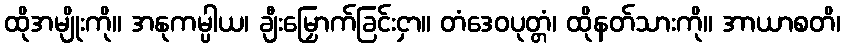
ထိုအမျိုးကို။ အနုကမ္ပါယ၊ ချီးမြှောက်ခြင်းငှာ။ တံဒေဝပုတ္တံ၊ ထိုနတ်သားကို။ အာယာစတိ၊